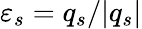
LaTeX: {\varepsilon_{s}=q_{s}/|q_{s}|}